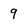
Character: 9